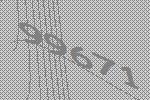
99671